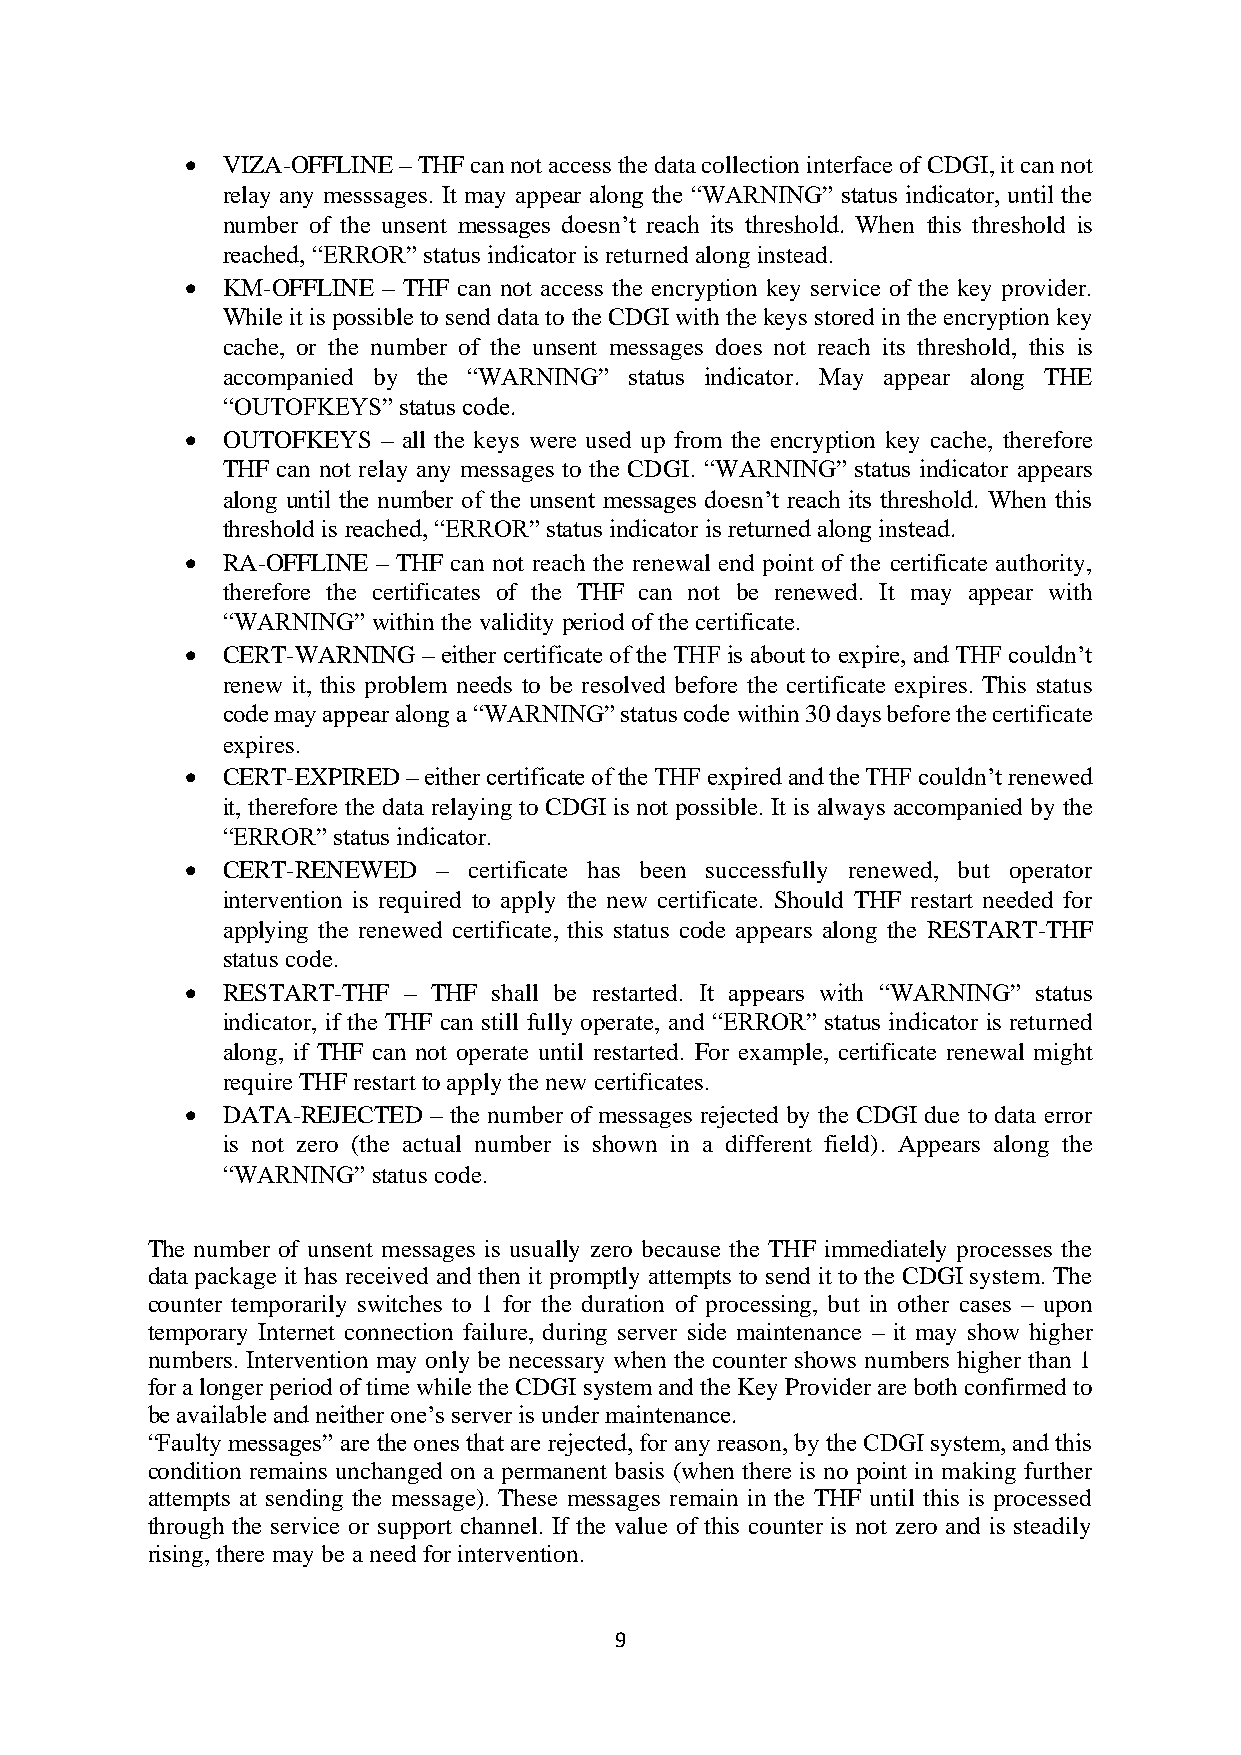
•  VIZA-OFFLINE – THF can not access the data collection interface of CDGI, it can not
 relay any messsages. It may appear along the “WARNING” status indicator, until the
 number of the unsent messages doesn’t reach its threshold. When this threshold is
 reached, “ERROR” status indicator is returned along instead.
 •  KM-OFFLINE – THF can not access the encryption key service of the key provider.
 While it is possible to send data to the CDGI with the keys stored in the encryption key
 cache, or the number of the unsent messages does not reach its threshold, this is
 accompanied by the “WARNING” status indicator. May appear along THE
 “OUTOFKEYS” status code.
 •  OUTOFKEYS – all the keys were used up from the encryption key cache, therefore
 THF can not relay any messages to the CDGI. “WARNING” status indicator appears
 along until the number of the unsent messages doesn’t reach its threshold. When this
 threshold is reached, “ERROR” status indicator is returned along instead.
 •  RA-OFFLINE – THF can not reach the renewal end point of the certificate authority,
 therefore the certificates of the THF can not be renewed. It may appear with
 “WARNING” within the validity period of the certificate.
 •  CERT-WARNING – either certificate of the THF is about to expire, and THF couldn’t
 renew it, this problem needs to be resolved before the certificate expires. This status
 code may appear along a “WARNING” status code within 30 days before the certificate
 expires.
 •  CERT-EXPIRED – either certificate of the THF expired and the THF couldn’t renewed
 it, therefore the data relaying to CDGI is not possible. It is always accompanied by the
 “ERROR” status indicator.
 •  CERT-RENEWED  – certificate has been successfully renewed, but operator
 intervention is required to apply the new certificate. Should THF restart needed for
 applying the renewed certificate, this status code appears along the RESTART-THF
 status code.
 •  RESTART-THF – THF shall be restarted. It appears with “WARNING” status
 indicator, if the THF can still fully operate, and “ERROR” status indicator is returned
 along, if THF can not operate until restarted. For example, certificate renewal might
 require THF restart to apply the new certificates.
 •  DATA-REJECTED – the number of messages rejected by the CDGI due to data error
 is not zero (the actual number is shown in a different field). Appears along the
 “WARNING” status code.
 The number of unsent messages is usually zero because the THF immediately processes the
 data package it has received and then it promptly attempts to send it to the CDGI system. The
 counter temporarily switches to 1 for the duration of processing, but in other cases – upon
 temporary Internet connection failure, during server side maintenance – it may show higher
 numbers. Intervention may only be necessary when the counter shows numbers higher than 1
 for a longer period of time while the CDGI system and the Key Provider are both confirmed to
 be available and neither one’s server is under maintenance.
 “Faulty messages” are the ones that are rejected, for any reason, by the CDGI system, and this
 condition remains unchanged on a permanent basis (when there is no point in making further
 attempts at sending the message). These messages remain in the THF until this is processed
 through the service or support channel. If the value of this counter is not zero and is steadily
 rising, there may be a need for intervention.
 9